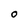
Character: O